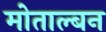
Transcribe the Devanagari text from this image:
मोताल्बन